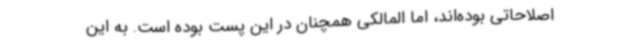
اصلاحاتی بوده‌اند، اما المالکی همچنان در این پست بوده است. به این